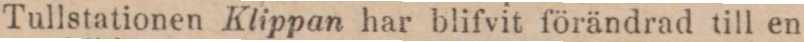
Tullstationen Klippan har blifvit förändrad till en